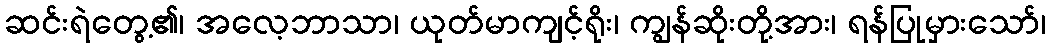
ဆင်းရဲတွေ့၏၊ အလေ့ဘာသာ၊ ယုတ်မာကျင့်ရိုး၊ ကျွန်ဆိုးတို့အား၊ ရန်ပြုမှားသော်၊